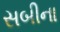
સબીના